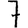
Digit: 7